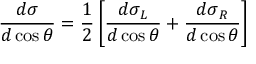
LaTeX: { \frac { d \sigma } { d \cos \theta } } = { \frac { 1 } { 2 } } \left[ { \frac { { d \sigma } _ { L } } { d \cos \theta } } + { \frac { { d \sigma } _ { R } } { d \cos \theta } } \right]